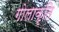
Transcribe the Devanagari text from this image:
गोलाकृति